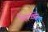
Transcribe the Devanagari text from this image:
शिप्की